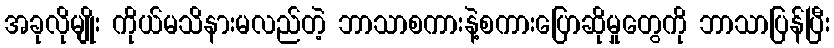
အခုလိုမျိုး ကိုယ်မသိနားမလည်တဲ့ ဘာသာစကားနဲ့စကားပြောဆိုမှုတွေကို ဘာသာပြန်ပြီး